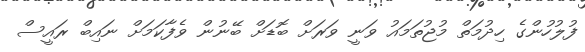
ފުލުހުންގެ ހިދުމަތް މުޖުތަމައު ވަނީ ވަރަށް ބޮޑަށް ބޭނުން ވެފާކަމަށް ނައިބް ރައީސް